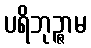
ပရိဘုဉ္ဇာမ